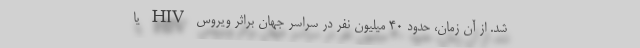
شد. از آن زمان، حدود ۴۰ میلیون نفر در سراسر جهان براثر ویروس HIV یا